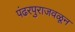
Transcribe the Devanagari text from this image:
पंढरपुराजवळून